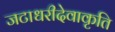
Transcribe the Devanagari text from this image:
जटाधरीदेवाकृति